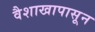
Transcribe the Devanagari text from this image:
वैशाखापासून